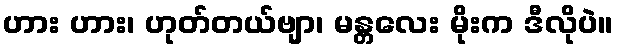
ဟား ဟား၊ ဟုတ်တယ်ဗျာ၊ မန္တလေး မိုးက ဒီလိုပဲ။